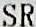
SR